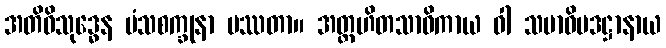
အတိဝိသုဒ္ဓေန မံသစက္ခုနာ ပဿတာ။ အတ္တဟိတသာဓိကာယ ဝါ သမာဓိပဒဋ္ဌာနာယ